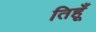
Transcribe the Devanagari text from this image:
तिहूँ